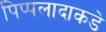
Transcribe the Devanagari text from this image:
पिप्पलादाकडे